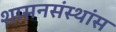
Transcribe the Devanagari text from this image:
शासनसंस्थांस